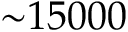
\mathord { \sim } 1 5 0 0 0